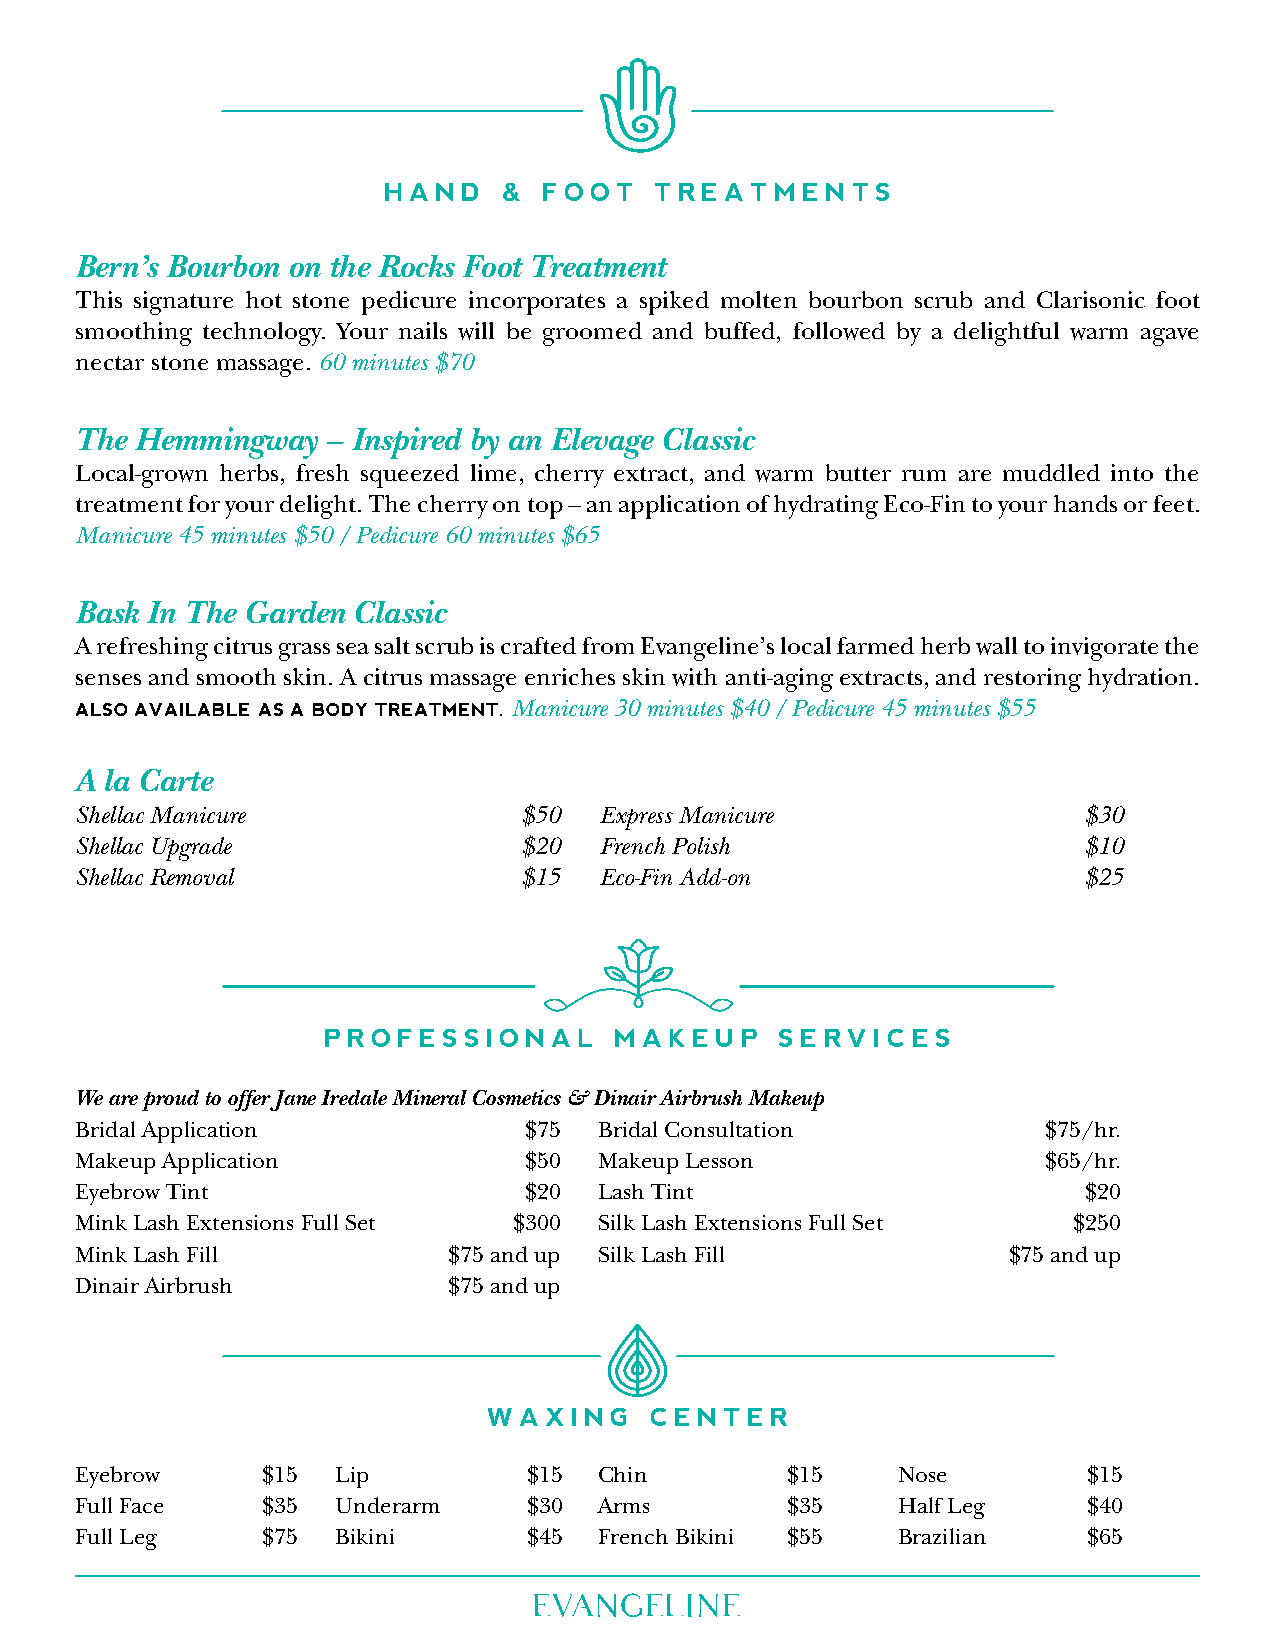
Hand    &  foot  treatment       S
 Bern’s Bourbon on the Rocks Foot Treatment
 This signature hot stone pedicure incorporates a spiked molten bourbon scrub and Clarisonic foot
 smoothing technology. Your nails will be groomed and buffed, followed by a delightful warm agave
 nectar stone massage. 60 minutes $70
 The Hemmingway   – Inspired by an Elevage Classic
 Local-grown herbs, fresh squeezed lime, cherry extract, and warm butter rum are muddled into the
 treatment for your delight. The cherry on top – an application of hydrating Eco-Fin to your hands or feet.
 Manicure 45 minutes $50 / Pedicure 60 minutes $65
 Bask In The Garden Classic
 A refreshing citrus grass sea salt scrub is crafted from Evangeline’s local farmed herb wall to invigorate the
 senses and smooth skin. A citrus massage enriches skin with anti-aging extracts, and restoring hydration.
 alSo available aS a body treatment. Manicure 30 minutes $40 / Pedicure 45 minutes $55
 A la Carte
 Shellac Manicure              $50  Express Manicure                $30
 Shellac Upgrade               $20  French Polish                   $10
 Shellac Removal               $15  Eco-Fin Add-on                  $25
 profeSSional      makeup     ServiceS
 We are proud to offer Jane Iredale Mineral Cosmetics & Dinair Airbrush Makeup
 Bridal Application            $75  Bridal Consultation          $75/hr.
 Makeup Application            $50  Makeup Lesson                $65/hr.
 Eyebrow Tint                  $20  Lash Tint                       $20
 Mink Lash Extensions Full Set $300 Silk Lash Extensions Full Set  $250
 Mink Lash Fill           $75 and up Silk Lash Fill            $75 and up
 Dinair Airbrush          $75 and up
 waxinG    center
 Eyebrow     $15  Lip          $15  Chin        $15    Nose         $15
 Full Face   $35  Underarm     $30  Arms        $35    Half Leg     $40
 Full Leg    $75  Bikini       $45  French Bikini $55  Brazilian    $65